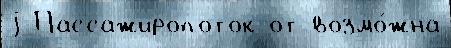
j Пассажиропоток от возмо́жна